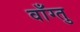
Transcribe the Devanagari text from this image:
वाँग्तु